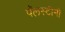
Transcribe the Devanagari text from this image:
पॅलस्टीनी